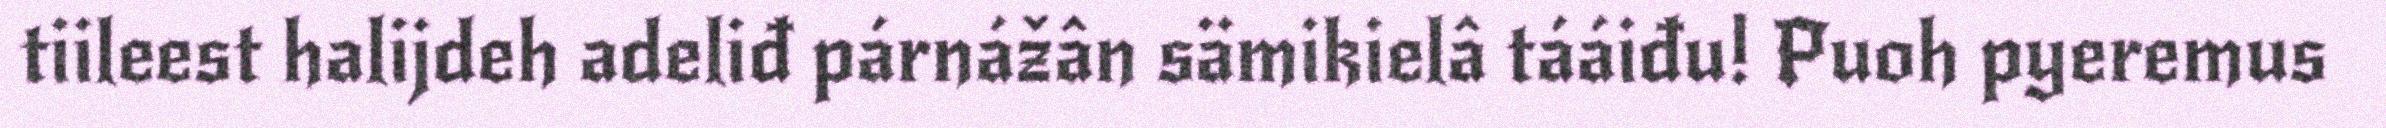
tiileest halijdeh adeliđ párnážân sämikielâ tááiđu! Puoh pyeremus